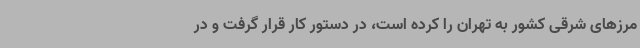
مرزهای شرقی کشور به تهران را کرده است، در دستور کار قرار گرفت و در